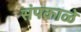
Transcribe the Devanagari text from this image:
संपकाळे